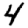
Digit: 4